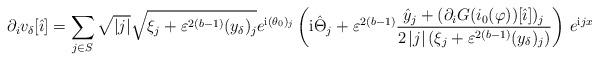
LaTeX: \begin{align*}\partial_i v_{\delta}[\hat{\imath}]=\sum_{j\in S}\sqrt{\lvert j \rvert}\sqrt{\xi_j+\varepsilon^{2(b-1)} (y_{\delta})_j}e^{\mathrm{i}(\theta_0)_j}\left(\mathrm{i}\hat{\Theta}_j+\varepsilon^{2(b-1)}\frac{\hat{y}_j+(\partial_i G(i_0(\varphi))[\hat{\imath}])_j}{2\,\lvert j \rvert\,(\xi_j+\varepsilon^{2(b-1)}(y_{\delta})_j)} \right)\,e^{\mathrm{i} j x}\end{align*}